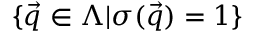
\{ \vec { q } \in \Lambda | \sigma ( \vec { q } ) = 1 \}